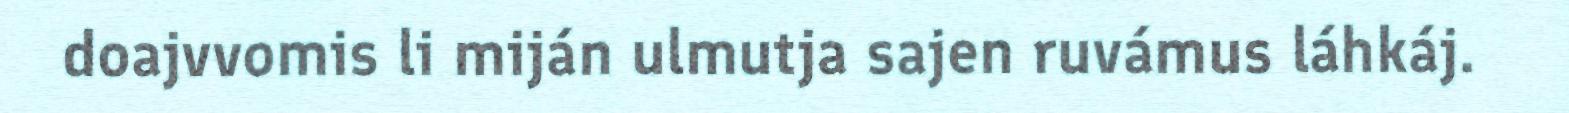
doajvvomis li miján ulmutja sajen ruvámus láhkáj.